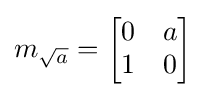
m_{\sqrt {a}}={\begin{bmatrix}0&a\\1&0\end{bmatrix}}